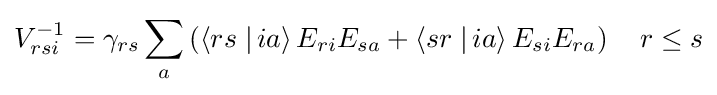
V_{rsi}^{-1}=\gamma _{rs}\sum _{a}\left(\left\langle rs\left.\right|ia\right\rangle E_{ri}E_{sa}+\left\langle sr\left.\right|ia\right\rangle E_{si}E_{ra}\right)\quad r\leq s